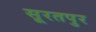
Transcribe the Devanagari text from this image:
सूरतपुर